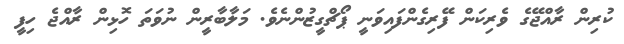
ކުރިން ރާއްޖޭގެ ވެރިކަން ފޭރިގެންފައިވަނީ ޕޯޗްގީޒުންނެވެ. މަލާބާރީން ނުވަތަ ހޮޅިން ރާއްޖެ ހިފީ